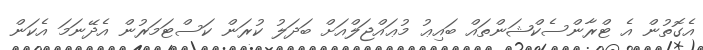
އެގޮތުން އެ ޓްރާންސެކްޝަންތައް ބައިޢު މުޢައްޖަލްއަށް ބަދަލު ކުރަން ކަސްޓަމަރުން އެދޭނަމަ އެކަން